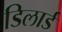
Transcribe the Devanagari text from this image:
डिलार्ड